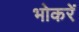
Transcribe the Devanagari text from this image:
भोकरें